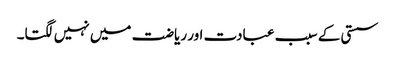
سستی کے سبب عبادت اور ریاضت میں نہیں لگتا۔